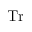
\mathrm { T r }